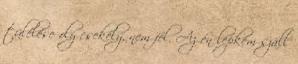
túlélése oly csekély, nem fél. Az én lepkém száll